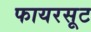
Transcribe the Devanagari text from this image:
फायरसूट